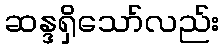
ဆန္ဒရှိသော်လည်း